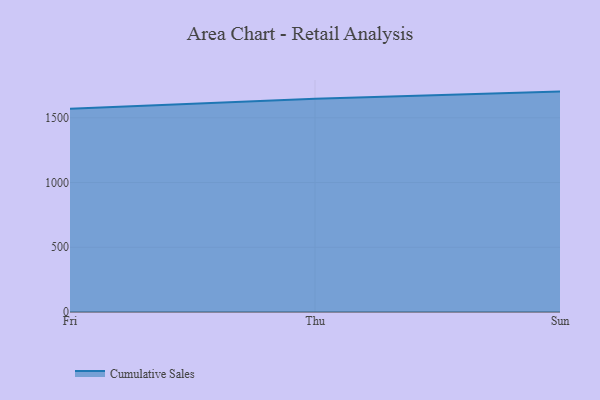
{"axis": {"x": "Day", "y": "Population (Million)"}, "legend": ["Cumulative Sales"], "data": [{"x": "Fri", "y": 1570.8, "type": "Cumulative Sales"}, {"x": "Thu", "y": 1647.2, "type": "Cumulative Sales"}, {"x": "Sun", "y": 1702.5, "type": "Cumulative Sales"}]}